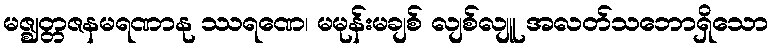
မဇ္ဈတ္တဇနမရဏာနု ဿရဏေ၊ မမုန်းမချစ် လျစ်လျူ အလတ်သဘောရှိသော